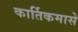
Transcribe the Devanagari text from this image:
कार्तिकमासे